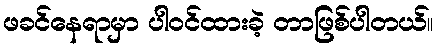
ဖခင်နေရာမှာ ပါဝင်ထားခဲ့ တာဖြစ်ပါတယ်။